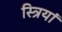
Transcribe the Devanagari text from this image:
स्‍त्रियां